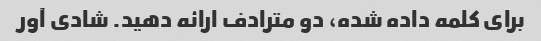
برای کلمه داده شده، دو مترادف ارائه دهید. شادی آور